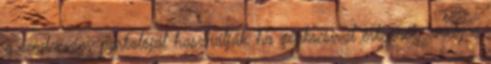
a rendezvény parkolóját használják, ha gépkocsival érkeznek, amely a